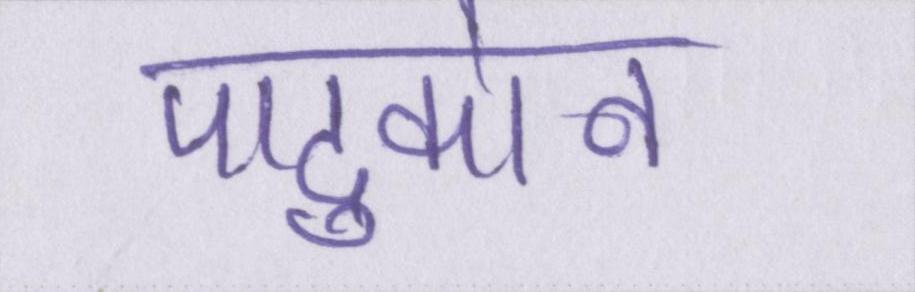
पादुकोन